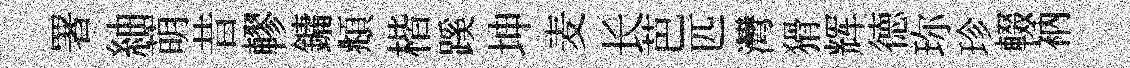
署紬萌昔轇鏞頫楷蹊坤麦长芭匹灣猾辉徳珎珍輟衲